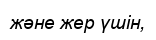
және жер үшін,